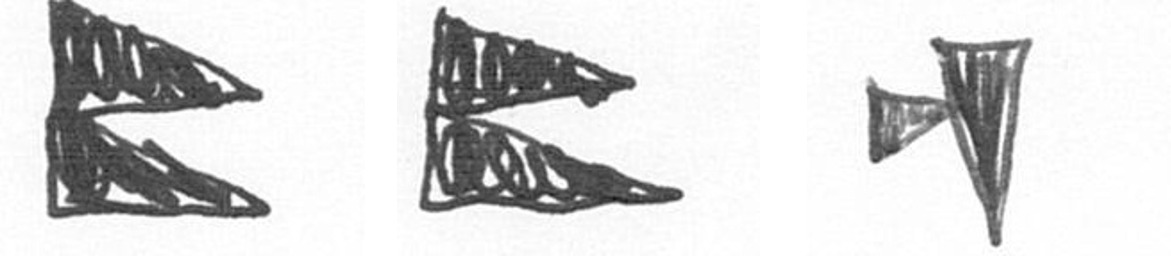
P P M